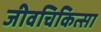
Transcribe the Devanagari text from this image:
जीवचिकित्सा